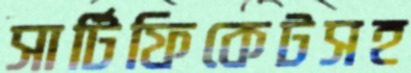
সার্টিফিকেটসহ